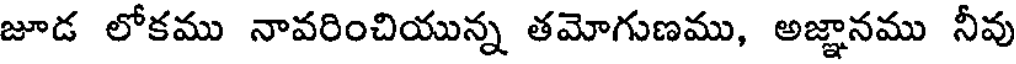
జూడ లోకము నావరించియున్న తమోగుణము, అజ్ఞానము నీవు